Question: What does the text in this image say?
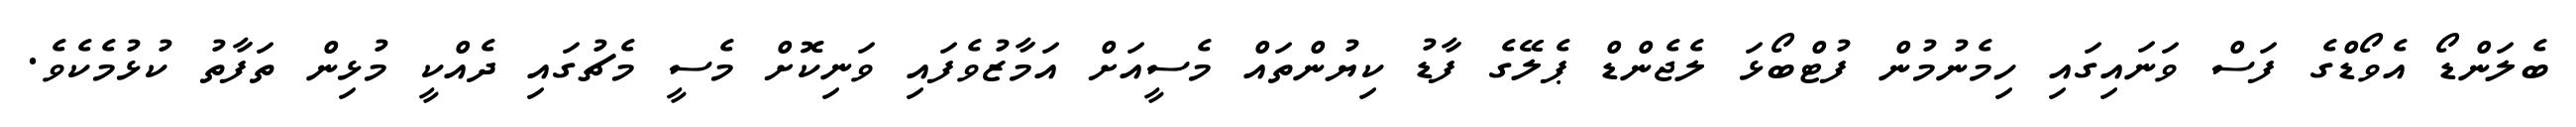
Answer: ބެލަންޑޯ އެވޯޑްގެ ފަސް ވަނައިގައި ހިމެނުމުން ފުޓްބޯޅަ ލެޖެންޑް ޕެލޭގެ ފާޑު ކިޔުންތައް މެސީއަށް އަމާޒުވެފައި ވަނިކޮށް މެސީ މެޗުގައި ދެއްކީ މުޅިން ތަފާތު ކުޅުމެކެވެ.